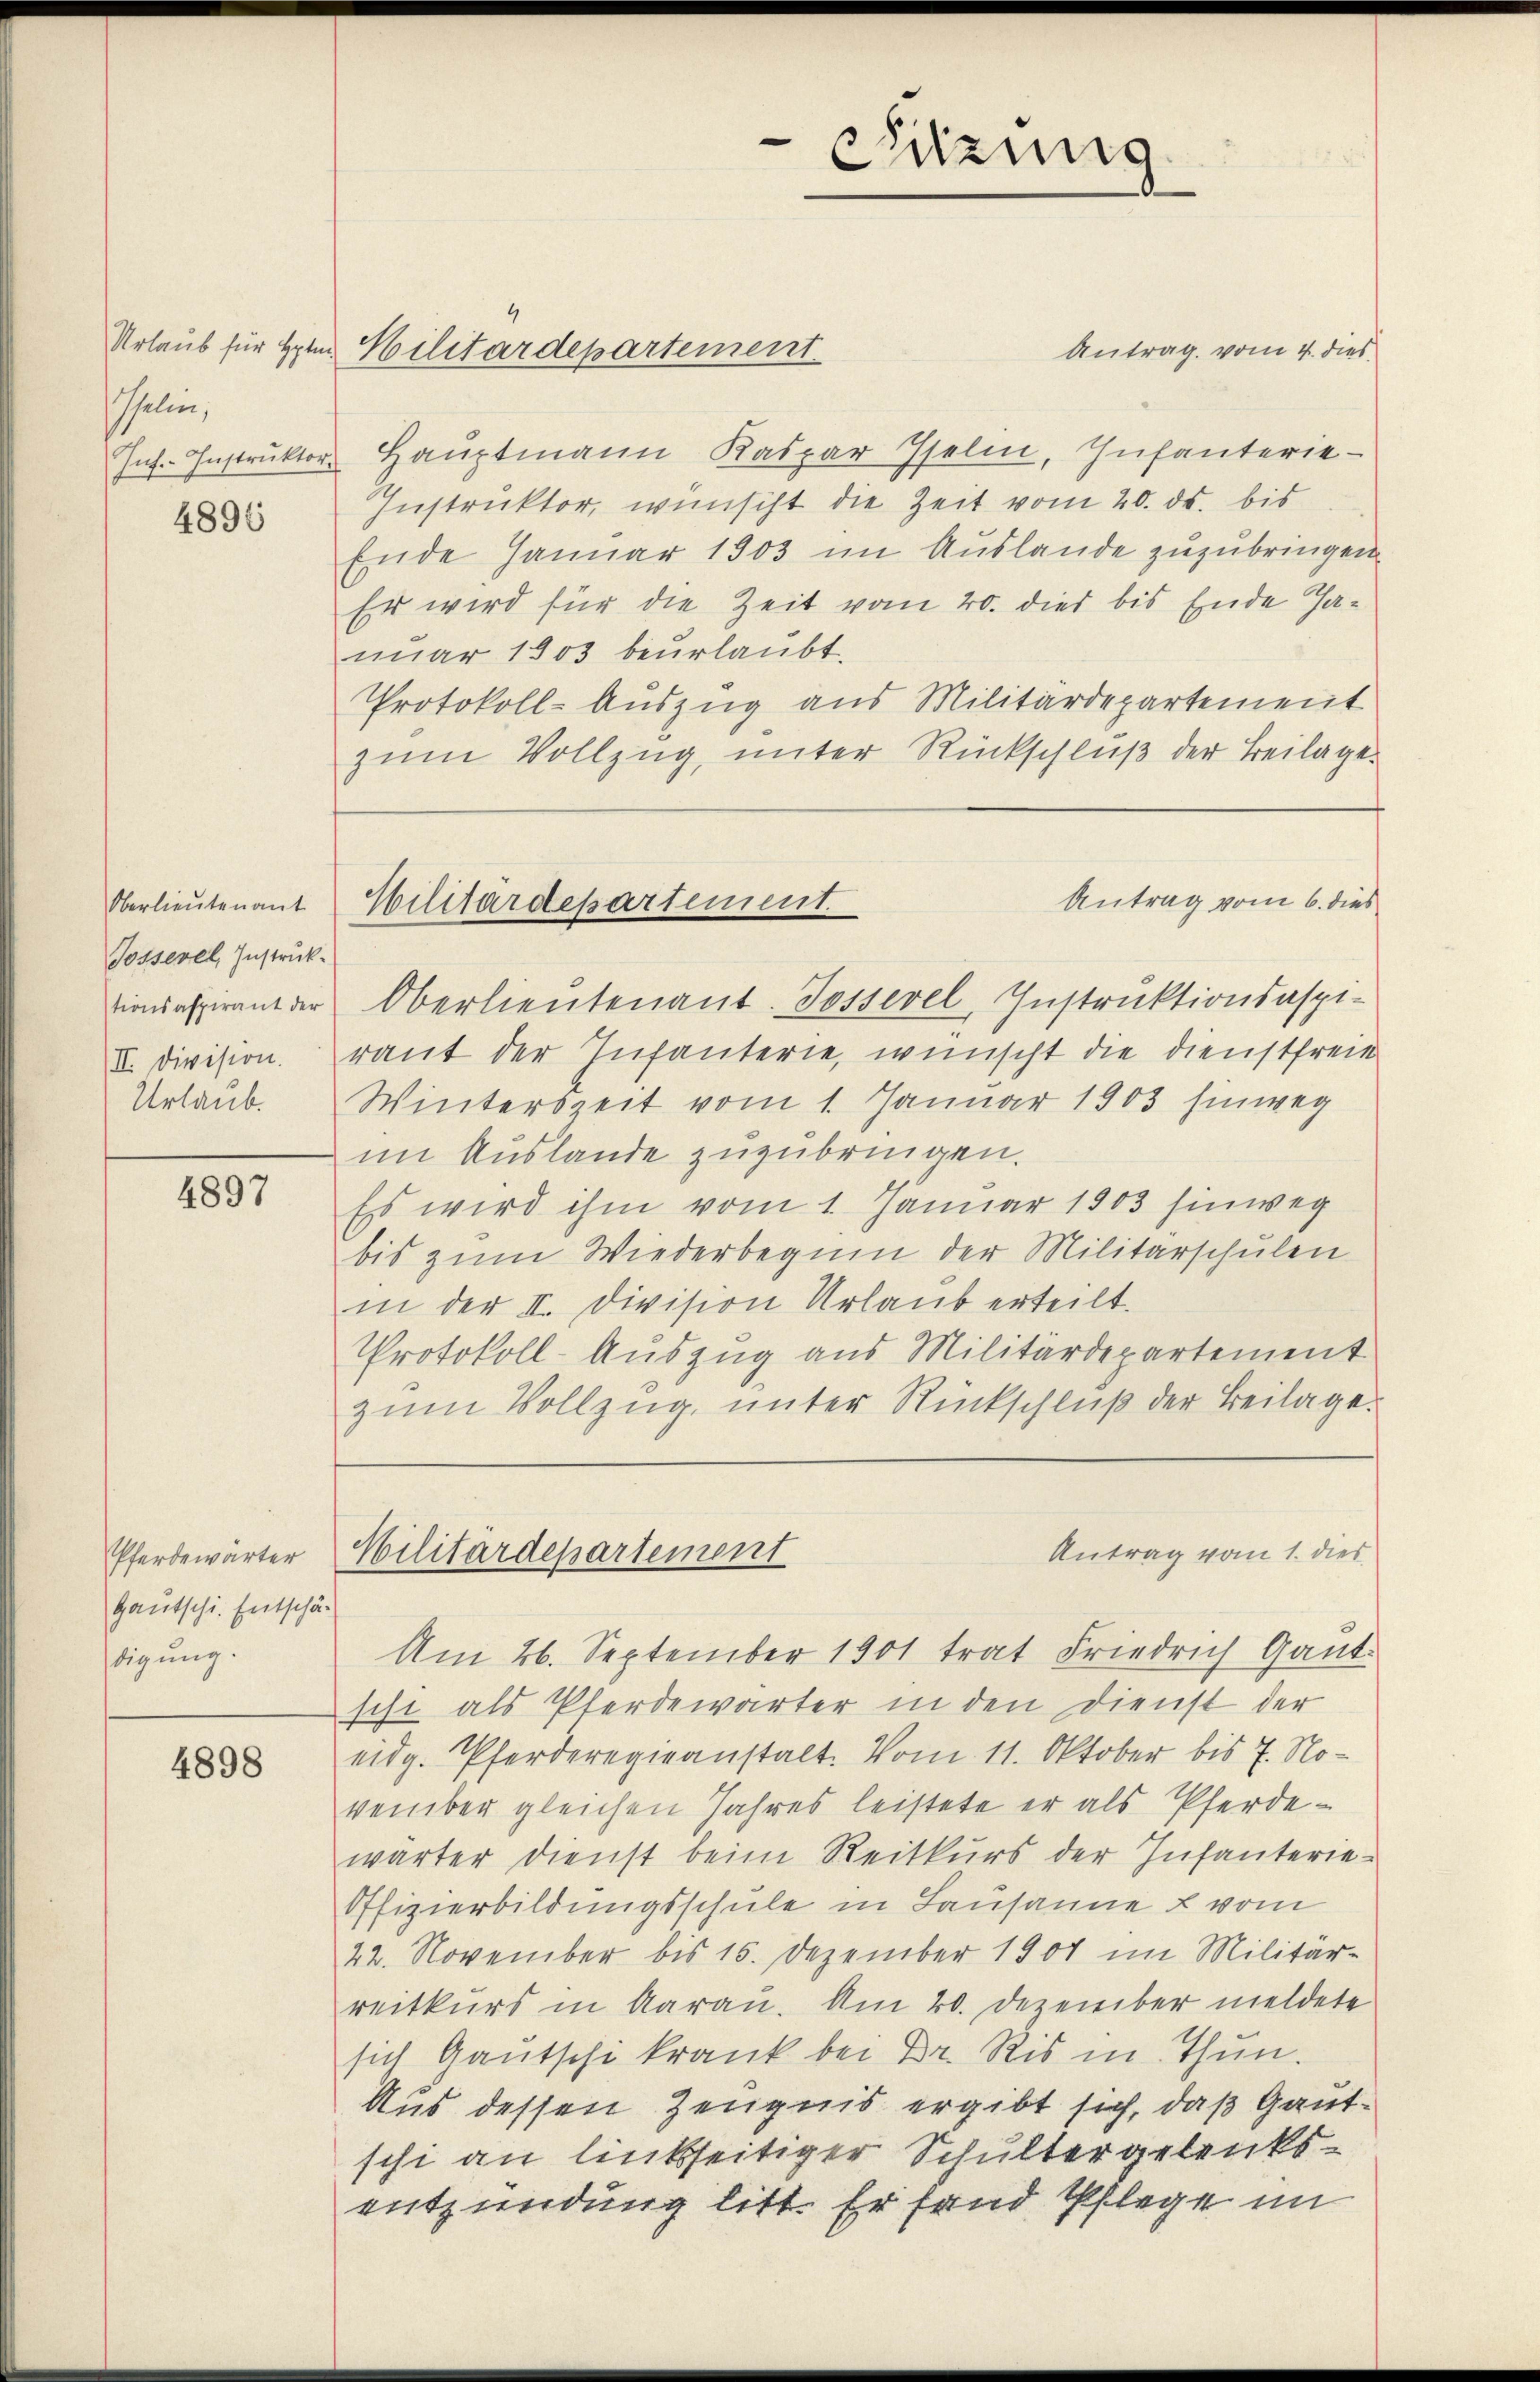
Gelin,

4896

Oberlieutenant
Jossevel, Instruck.
II. Division.
Urlaub.

4897

Pferdewärter
Gautschi. Entschä-
digung.

4898

Antrag vom 4. dies
Ins. Instrŭktor Hauptmann Kaspar Iselin, Infanterie-
Instruktor, wünscht die Zeit vom 20. ds. bis
Ende Januar 1903 im Auslande zuzubringen.
Er wird für die Zeit vom 20. dies bis Ende Januar 1903 beurlaubt.
Protokoll-Auszug aus Militärdepartement
zum Vollzug, unter Rückschluß der Beilage.

Urlaub für Herrn Militärdepartement

Sitzung

Antrag vom 6. dies
Militärdepartement.

tionsaspirant der Oberlieutenant. Jossevel, Instruktionsaspi-
raut der Infanterie, wünscht die Dienstfreie
Winterszeit vom 1. Januar 1903 hinweg
im Auslande zuzubringen.
Es wird ihm vom 1. Januar 1903 hinweg
bis zum Wiederbeginn der Militärschulen
in der II. Division Urlaub erteilt.
Protokoll-Auszug aus Militärdepartement
zum Vollzug, unter Rückschluß der Beilage.

Antrag vom 1. dies
Militärdepartement

Am 26. September 1901 trat Friedrich Gant.
sche als Pferdewärter in den Dienst der
eidg. Pferderegieanstalt. Vom 11. Oktober bis 7. November gleichen Jahres leistete er als Pferdewärter dienst beim Reitkurs der Infanterie¬
Offizierbildungsschule in Lausanne u vom
22. November bis 15. Dezember 1901 im Militärreitkurs in Aarau. Am 20. Dezember meldete
sich Gautschi krank bei Dr. Ris in Thun.
Aus dessen Zeugnis ergibt sich, daß Gautschi an linkseitiger Schultergelenksentzündung litt. Er fand Pflege im